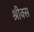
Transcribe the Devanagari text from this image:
श्रीक्स